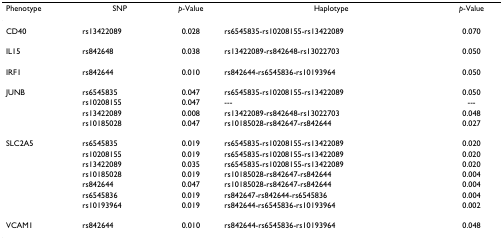
<table><thead><tr><td><b>Phenotype</b></td><td><b>SNP</b></td><td><b><i>p</i>-Value</b></td><td><b>Haplotype</b></td><td><b><i>p</i>-Value</b></td></tr></thead><tbody><tr><td>CD40</td><td>rs13422089</td><td>0.028</td><td>rs6545835-rs10208155-rs13422089</td><td>0.070</td></tr><tr><td>IL15</td><td>rs842648</td><td>0.038</td><td>rs13422089-rs842648-rs13022703</td><td>0.050</td></tr><tr><td>IRF1</td><td>rs842644</td><td>0.010</td><td>rs842644-rs6545836-rs10193964</td><td>0.050</td></tr><tr><td>JUNB</td><td>rs6545835</td><td>0.047</td><td>rs6545835-rs10208155-rs13422089</td><td>0.050</td></tr><tr><td></td><td>rs10208155</td><td>0.047</td><td>---</td><td>---</td></tr><tr><td></td><td>rs13422089</td><td>0.008</td><td>rs13422089-rs842648-rs13022703</td><td>0.048</td></tr><tr><td></td><td>rs10185028</td><td>0.047</td><td>rs10185028-rs842647-rs842644</td><td>0.027</td></tr><tr><td>SLC2A5</td><td>rs6545835</td><td>0.019</td><td>rs6545835-rs10208155-rs13422089</td><td>0.020</td></tr><tr><td></td><td>rs10208155</td><td>0.019</td><td>rs6545835-rs10208155-rs13422089</td><td>0.020</td></tr><tr><td></td><td>rs13422089</td><td>0.035</td><td>rs6545835-rs10208155-rs13422089</td><td>0.020</td></tr><tr><td></td><td>rs10185028</td><td>0.019</td><td>rs10185028-rs842647-rs842644</td><td>0.004</td></tr><tr><td></td><td>rs842644</td><td>0.047</td><td>rs10185028-rs842647-rs842644</td><td>0.004</td></tr><tr><td></td><td>rs6545836</td><td>0.019</td><td>rs842647-rs842644-rs6545836</td><td>0.004</td></tr><tr><td></td><td>rs10193964</td><td>0.019</td><td>rs842644-rs6545836-rs10193964</td><td>0.002</td></tr><tr><td>VCAM1</td><td>rs842644</td><td>0.010</td><td>rs842644-rs6545836-rs10193964</td><td>0.048</td></tr></tbody></table>